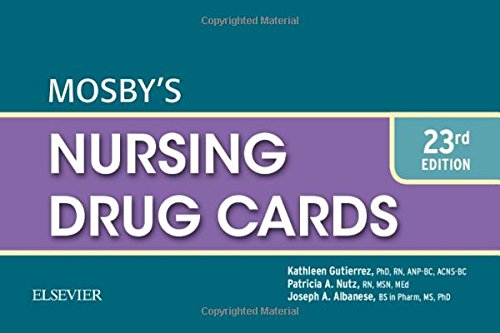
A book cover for Mosby's Nursing Drug Cards, 23e; Patricia A. Nutz RN  MSN  MEd; Medical Books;